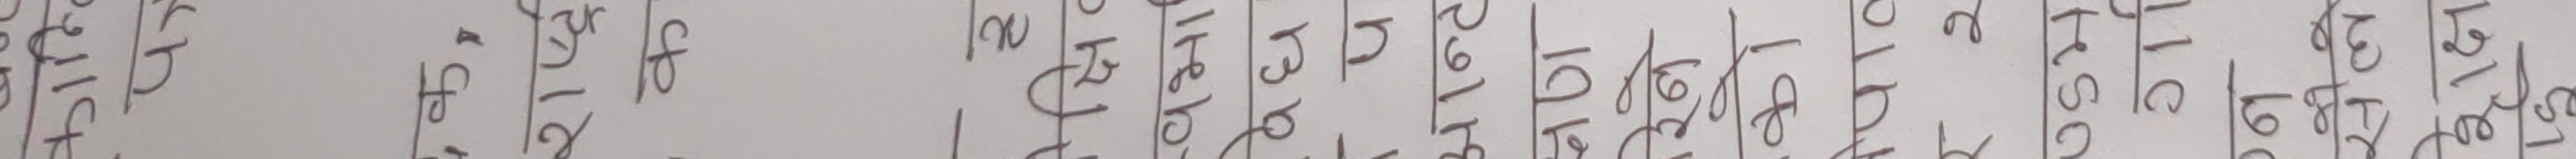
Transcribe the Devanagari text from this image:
प्रकट १२ २ १ अ आ इ ई उ ऊ ऋ ए ऐ ओ औ अं अः क ख ग घ ङ च छ ज झ ञ ट ठ ड ढ ण त थ द ध न प फ ब भ म य र ल व श ष स ह क्ष त्र ज्ञ श्री